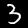
Label: 3